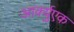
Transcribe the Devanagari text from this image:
आर्क्युएक